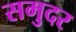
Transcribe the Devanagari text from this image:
समुदर